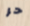
حر